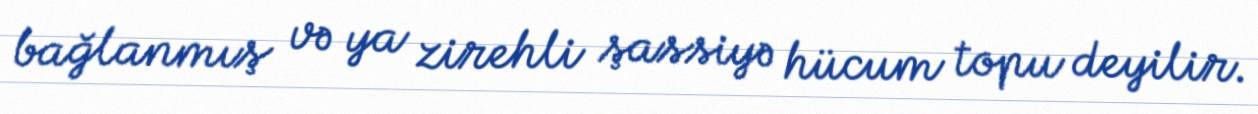
bağlanmış və ya zirehli şassiyə hücum topu deyilir.